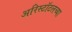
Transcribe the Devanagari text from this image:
अरिस्टॉटलच्या